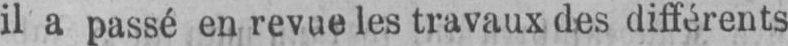
il a passé en revue les travaux des différents